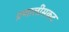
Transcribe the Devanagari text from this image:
प्रणालींसकट